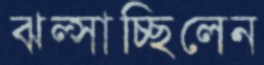
ঝল্‌সাচ্ছিলেন